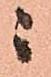
ニ